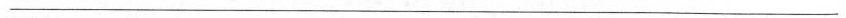
___